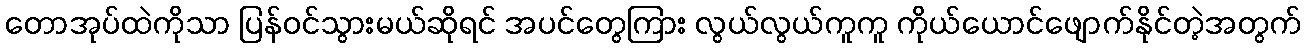
တောအုပ်ထဲကိုသာ ပြန်ဝင်သွားမယ်ဆိုရင် အပင်တွေကြား လွယ်လွယ်ကူကူ ကိုယ်ယောင်ဖျောက်နိုင်တဲ့အတွက်